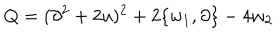
LaTeX: Q = ( \partial ^ { 2 } + 2 u ) ^ { 2 } + 2 \{ w _ { 1 } , \partial \} - 4 w _ { 2 }